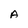
Character: A